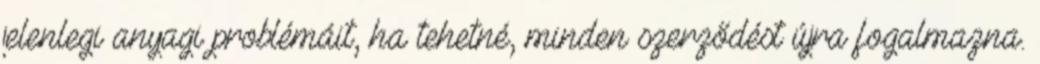
jelenlegi anyagi problémáit, ha tehetné, minden szerződést újra fogalmazna.